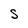
Character: S